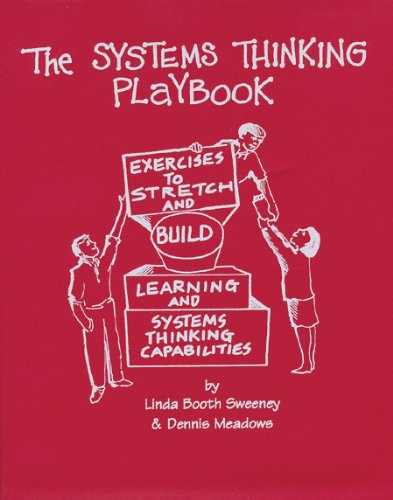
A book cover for The Systems Thinking Playbook: Exercises to Stretch and Build Learning and Systems Thinking Capabilities; Linda Booth Sweeney Ed.D.; Science & Math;